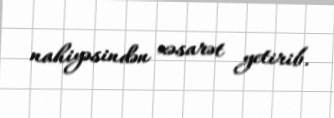
nahiyəsindən xəsarət yetirib.